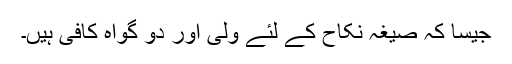
جیسا کہ صیغہ نکاح کے لئے ولی اور دو گواہ کافی ہیں۔